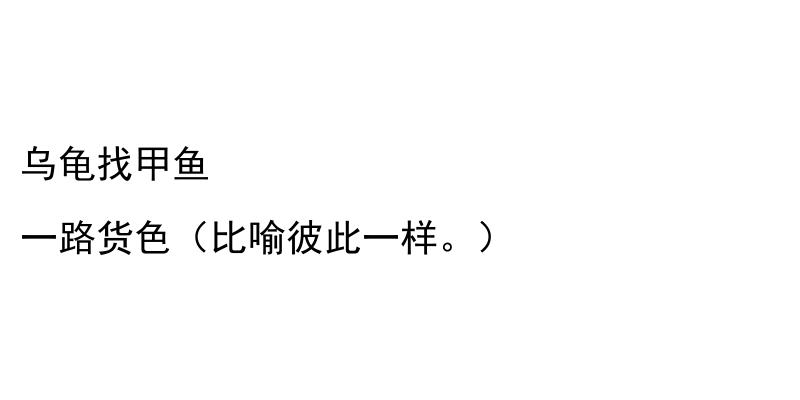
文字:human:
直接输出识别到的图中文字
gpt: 乌龟找甲鱼 一路货色（比喻彼此一样。）